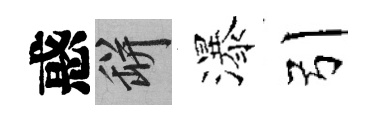
惑瓶瀑引